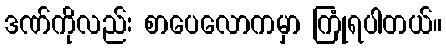
ဒဏ်ကိုလည်း စာပေလောကမှာ ကြုံရပါတယ်။